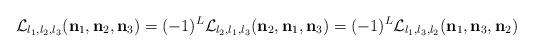
LaTeX: \begin{align*}\mathcal{L}_{l_{1},l_{2},l_{3}}(\mathbf{n}_{1},\mathbf{n}_{2},\mathbf{n}_{3})=(-1)^{L}\mathcal{L}_{l_{2},l_{1},l_{3}}(\mathbf{n}_{2},\mathbf{n}_{1},\mathbf{n}_{3})=(-1)^{L}\mathcal{L}_{l_{1},l_{3},l_{2}}(\mathbf{n}_{1},\mathbf{n}_{3},\mathbf{n}_{2}) \end{align*}